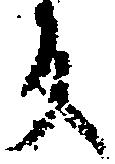
反